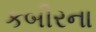
કબીરના